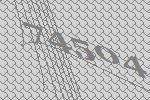
74504